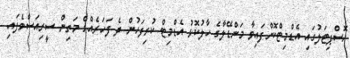
ހޮސްޕިޓަލުގައި އެޑްމިޓްކޮށްފައިވާ މަންޑޭލާގެ ހާލުކޮޅު އެޑްމިޓް ކުރިފަހުން ދެ ފަހަރެއްގެ މަތިން ސީރިއަސްވެފައި